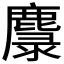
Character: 𲎌